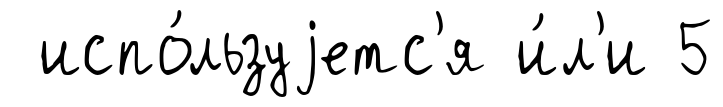
испо́льзуjетс'я и́л'и 5